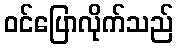
ဝင်ပြောလိုက်သည်